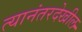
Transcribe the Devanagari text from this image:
त्यानंतरदेखील